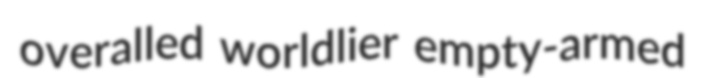
overalled worldlier empty-armed